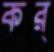
কর্